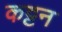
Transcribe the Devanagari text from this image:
कट्टन